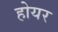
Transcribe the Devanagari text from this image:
होयर